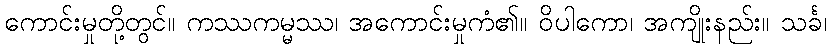
ကောင်းမှုတို့တွင်။ ကဿကမ္မဿ၊ အကောင်းမှုကံ၏။ ဝိပါကော၊ အကျိုးနည်း။ သင်္ခ၊